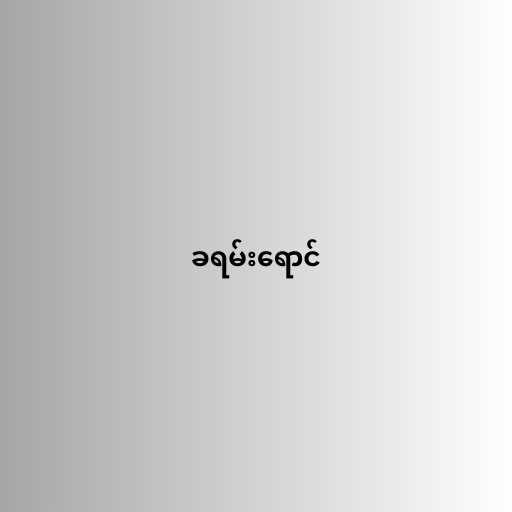
ခရမ်းရောင်